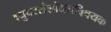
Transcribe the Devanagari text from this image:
वधुवरसंशोधनविषयक